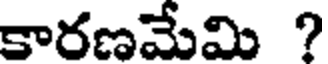
కారణమేమి ?